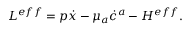
{ \cal { L } } ^ { e f f } = p \dot { x } - \mu _ { a } \dot { c } ^ { a } - { \cal H } ^ { e f f } .